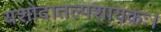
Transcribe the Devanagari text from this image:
यशोदातल्पशायकः।